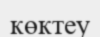
көктеу